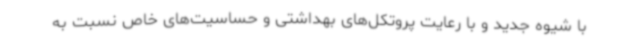
با شیوه جدید و با رعایت پروتکل‌های بهداشتی و حساسیت‌های خاص نسبت به